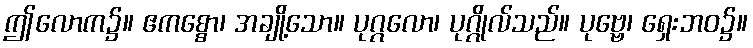
ဤလောက၌။ ဧကစ္စော၊ အချို့သော။ ပုဂ္ဂလော၊ ပုဂ္ဂိုလ်သည်။ ပုဗ္ဗေ၊ ရှေးဘဝ၌။